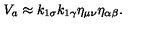
V _ { a } \approx k _ { 1 \sigma } k _ { 1 \gamma } \eta _ { \mu \nu } \eta _ { \alpha \beta } .